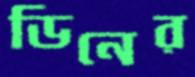
ডিনের